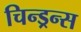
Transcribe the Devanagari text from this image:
चिन्ड्रन्स